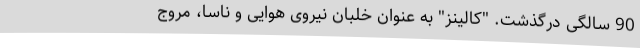
90 سالگی درگذشت. "کالینز" به عنوان خلبان نیروی هوایی و ناسا، مروج